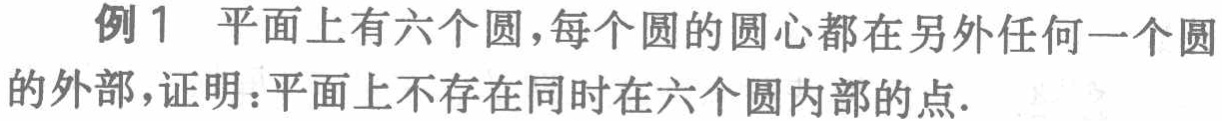
例1 平面上有六个圆，每个圆的圆心都在另外任何一个圆的外部，证明：平面上不存在同时在六个圆内部的点.